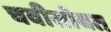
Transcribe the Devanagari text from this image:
चवीसोबत